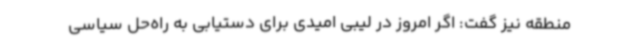
منطقه نیز گفت: اگر امروز در لیبی امیدی برای دستیابی به راه‌حل سیاسی